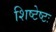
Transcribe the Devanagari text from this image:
शिष्टेष्टः